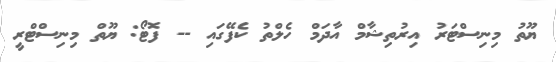
ޔޫތު މިނިސްޓަރު އިރުތިޝާމް އާދަމް ހެލްތު ކެފޭގައި -- ފޮޓޯ: ޔޫތް މިނިސްޓްރީ